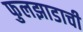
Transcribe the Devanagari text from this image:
फुलझाडाची